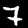
Digit: 7